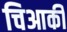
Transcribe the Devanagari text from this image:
चिआकी